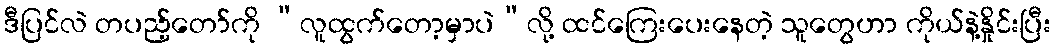
ဒီပြင်လဲ တပည့်တော်ကို “လူထွက်တော့မှာပဲ”လို့ ထင်ကြေးပေးနေတဲ့ သူတွေဟာ ကိုယ်နဲ့နှိုင်းပြီး